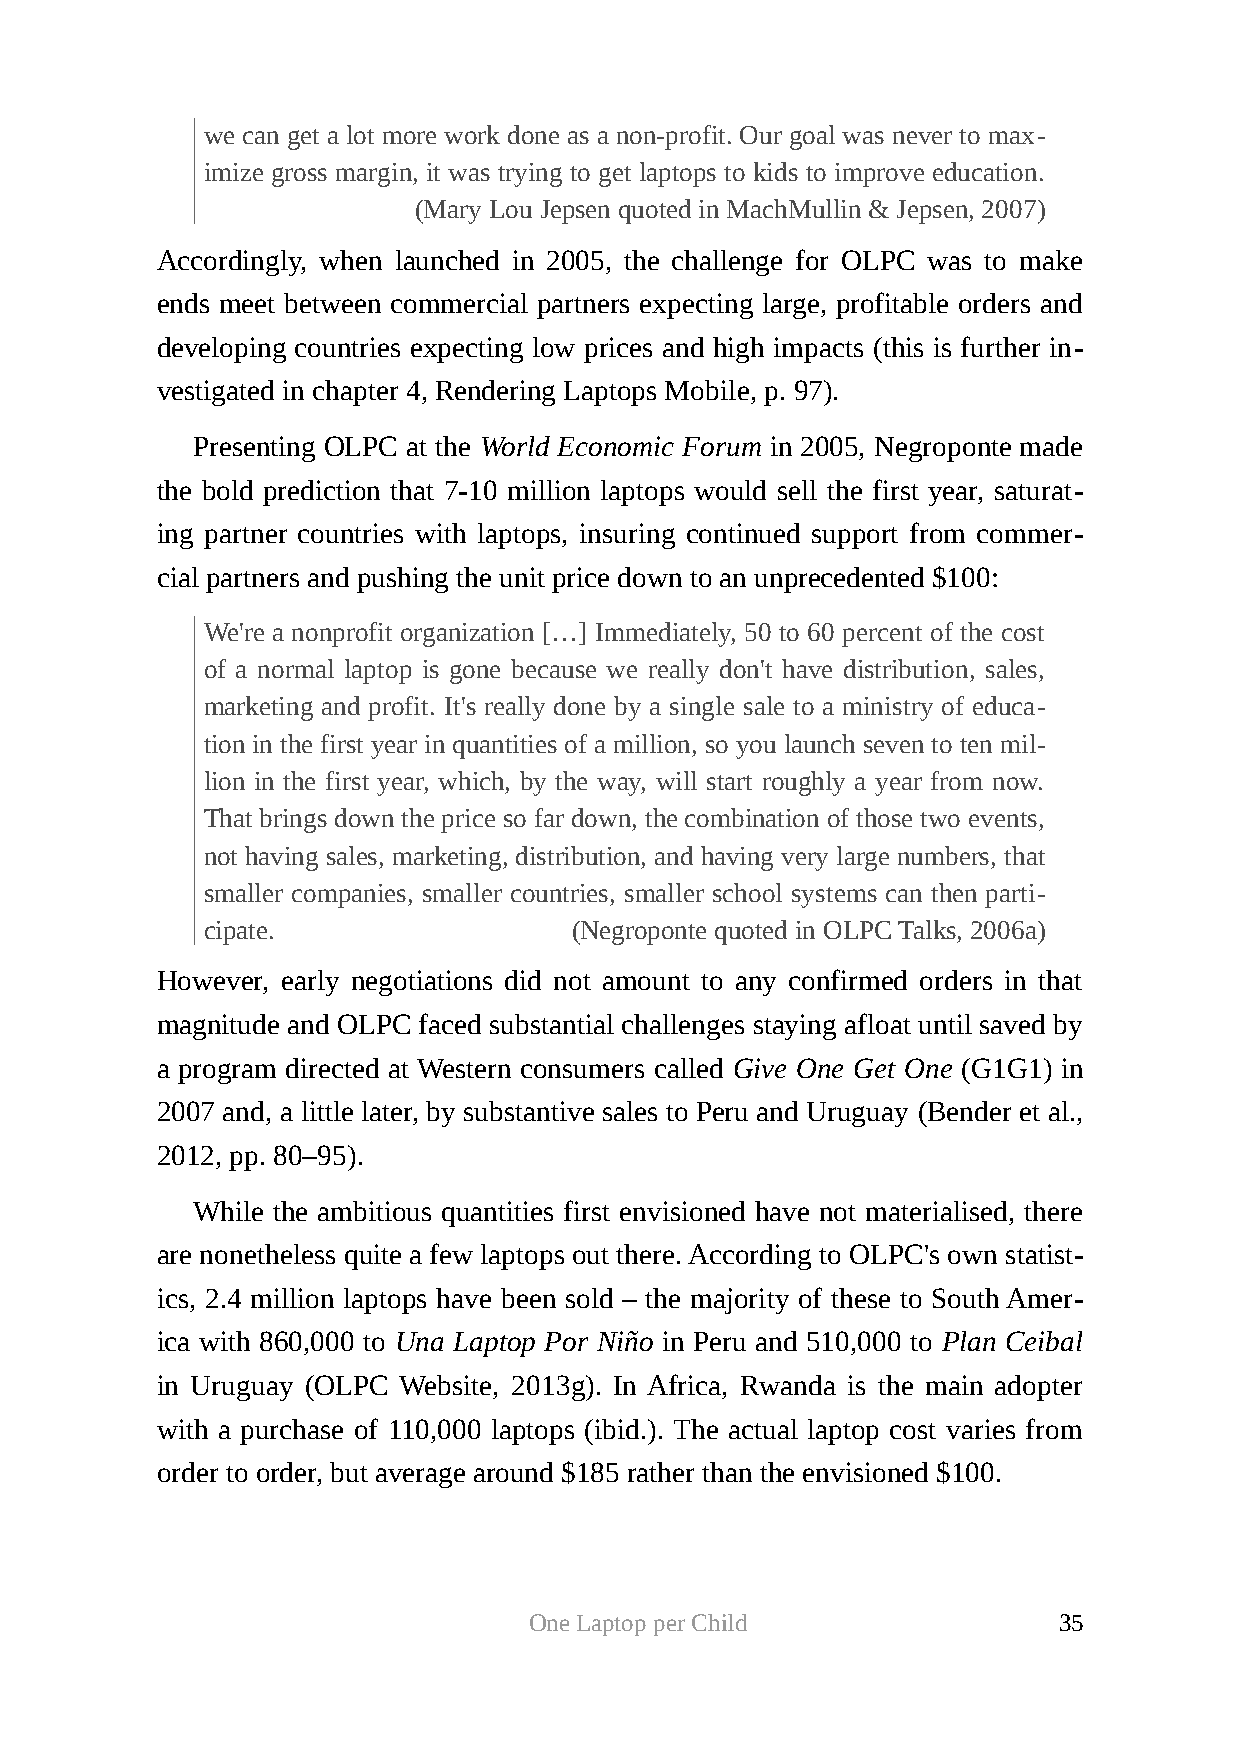
we can get a lot more work done as a non-profit. Our goal was never to max-
 imize gross margin, it was trying to get laptops to kids to improve education.
 (Mary Lou Jepsen quoted in MachMullin & Jepsen, 2007)
 Accordingly, when launched in 2005, the challenge for OLPC was to make
 ends meet between commercial partners expecting large, profitable orders and
 developing countries expecting low prices and high impacts (this is further in-
 vestigated in chapter 4, Rendering Laptops Mobile, p. 97).
 Presenting OLPC at the World Economic Forum in 2005, Negroponte made
 the bold prediction that 7-10 million laptops would sell the first year, saturat-
 ing partner countries with laptops, insuring continued support from commer-
 cial partners and pushing the unit price down to an unprecedented $100:
 We're a nonprofit organization […] Immediately, 50 to 60 percent of the cost
 of a normal laptop is gone because we really don't have distribution, sales,
 marketing and profit. It's really done by a single sale to a ministry of educa-
 tion in the first year in quantities of a million, so you launch seven to ten mil-
 lion in the first year, which, by the way, will start roughly a year from now.
 That brings down the price so far down, the combination of those two events,
 not having sales, marketing, distribution, and having very large numbers, that
 smaller companies, smaller countries, smaller school systems can then parti-
 cipate.                 (Negroponte quoted in OLPC Talks, 2006a)
 However, early negotiations did not amount to any confirmed orders in that
 magnitude and OLPC faced substantial challenges staying afloat until saved by
 a program directed at Western consumers called Give One Get One (G1G1) in
 2007 and, a little later, by substantive sales to Peru and Uruguay (Bender et al.,
 2012, pp. 80–95).
 While the ambitious quantities first envisioned have not materialised, there
 are nonetheless quite a few laptops out there. According to OLPC's own statist-
 ics, 2.4 million laptops have been sold – the majority of these to South Amer-
 ica with 860,000 to Una Laptop Por Niño in Peru and 510,000 to Plan Ceibal
 in Uruguay (OLPC Website, 2013g). In Africa, Rwanda is the main adopter
 with a purchase of 110,000 laptops (ibid.). The actual laptop cost varies from
 order to order, but average around $185 rather than the envisioned $100.
 One Laptop per Child               35